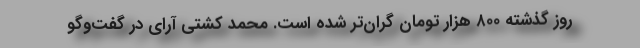
روز گذشته ۸۰۰ هزار تومان گران‌تر شده است. محمد کشتی آرای در گفت‌وگو